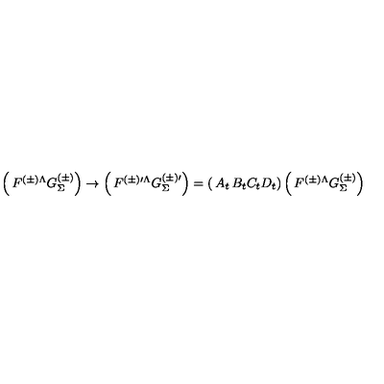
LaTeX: \left( \begin{matrix} { F ^ { ( \pm ) \Lambda } } \\ { G _ { \Sigma } ^ { ( \pm ) } } \\ \end{matrix} \right) \rightarrow \left( \begin{matrix} { F ^ { ( \pm ) \prime \Lambda } } \\ { G _ { \Sigma } ^ { ( \pm ) \prime } } \\ \end{matrix} \right) = \left( \begin{matrix} { A _ { t } } & { B _ { t } } \\ { C _ { t } } & { D _ { t } } \\ \end{matrix} \right) \left( \begin{matrix} { F ^ { ( \pm ) \Lambda } } \\ { G _ { \Sigma } ^ { ( \pm ) } } \\ \end{matrix} \right)